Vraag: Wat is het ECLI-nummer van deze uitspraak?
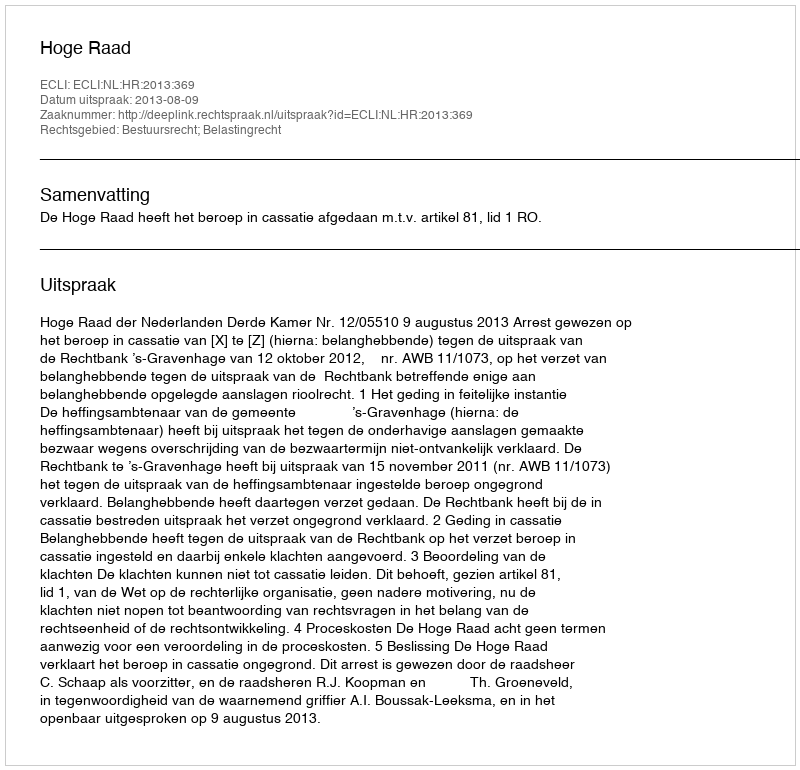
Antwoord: ECLI:NL:HR:2013:369